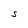
Character: S